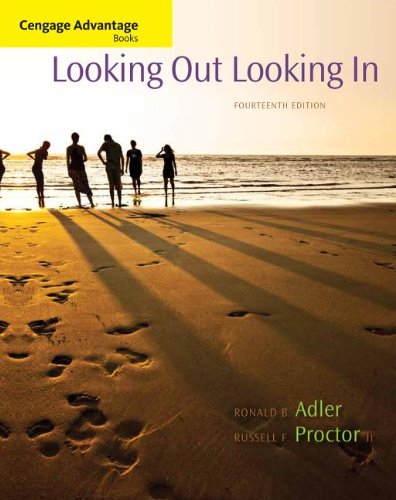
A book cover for Cengage Advantage Books: Looking Out, Looking In, 14th Edition; Ronald B. Adler; Self-Help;